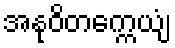
အနုဝိတက္ကေယျံ